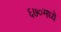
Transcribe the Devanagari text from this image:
६७०मध्ये